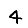
Digit: 4